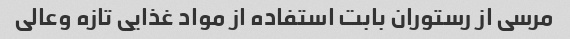
مرسی از رستوران بابت استفاده از مواد غذایی تازه وعالی